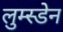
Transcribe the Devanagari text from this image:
लुम्स्डेन